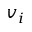
v _ { i }